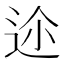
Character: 𨒛